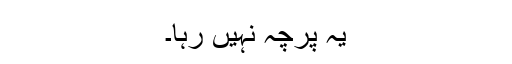
یہ پرچہ نہیں رہا۔